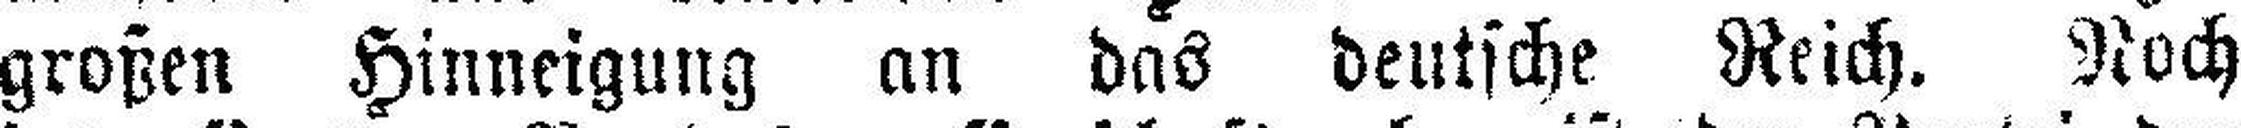
großen Hinneigung an das deutsche Reich. Noch